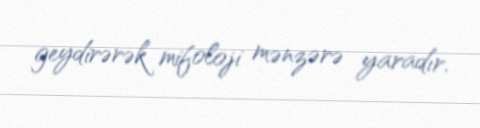
geydirərək mifoloji mənzərə yaradır.